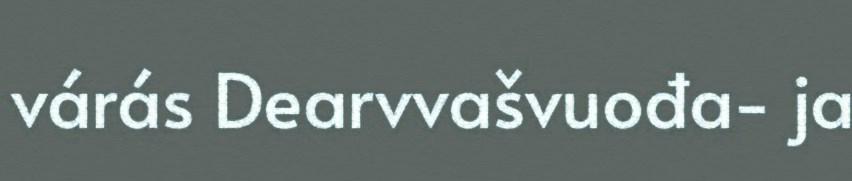
várás Dearvvašvuođa- ja